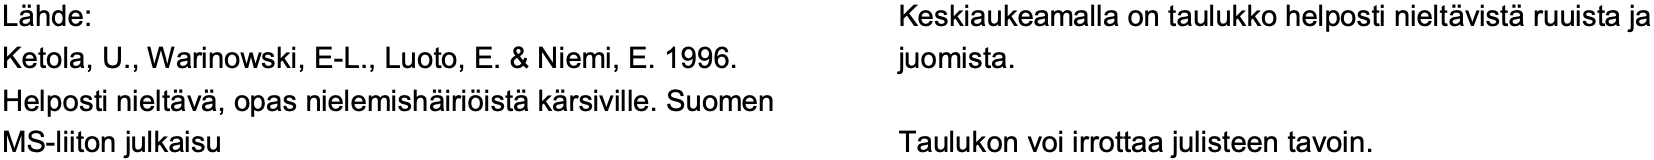
Lähde:                       Keskiaukeamalla on taulukko helposti nieltävistäruuista ja Ketola, U., Warinowski, E-L., Luoto, E. & Niemi, E. 1996. juomista. Helposti nieltävä, opas nielemishäiriöistäkärsiville. Suomen MS-liiton julkaisu           Taulukon voi irrottaa julisteen tavoin.